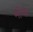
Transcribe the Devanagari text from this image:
मोंग्स